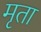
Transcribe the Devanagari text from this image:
मृता